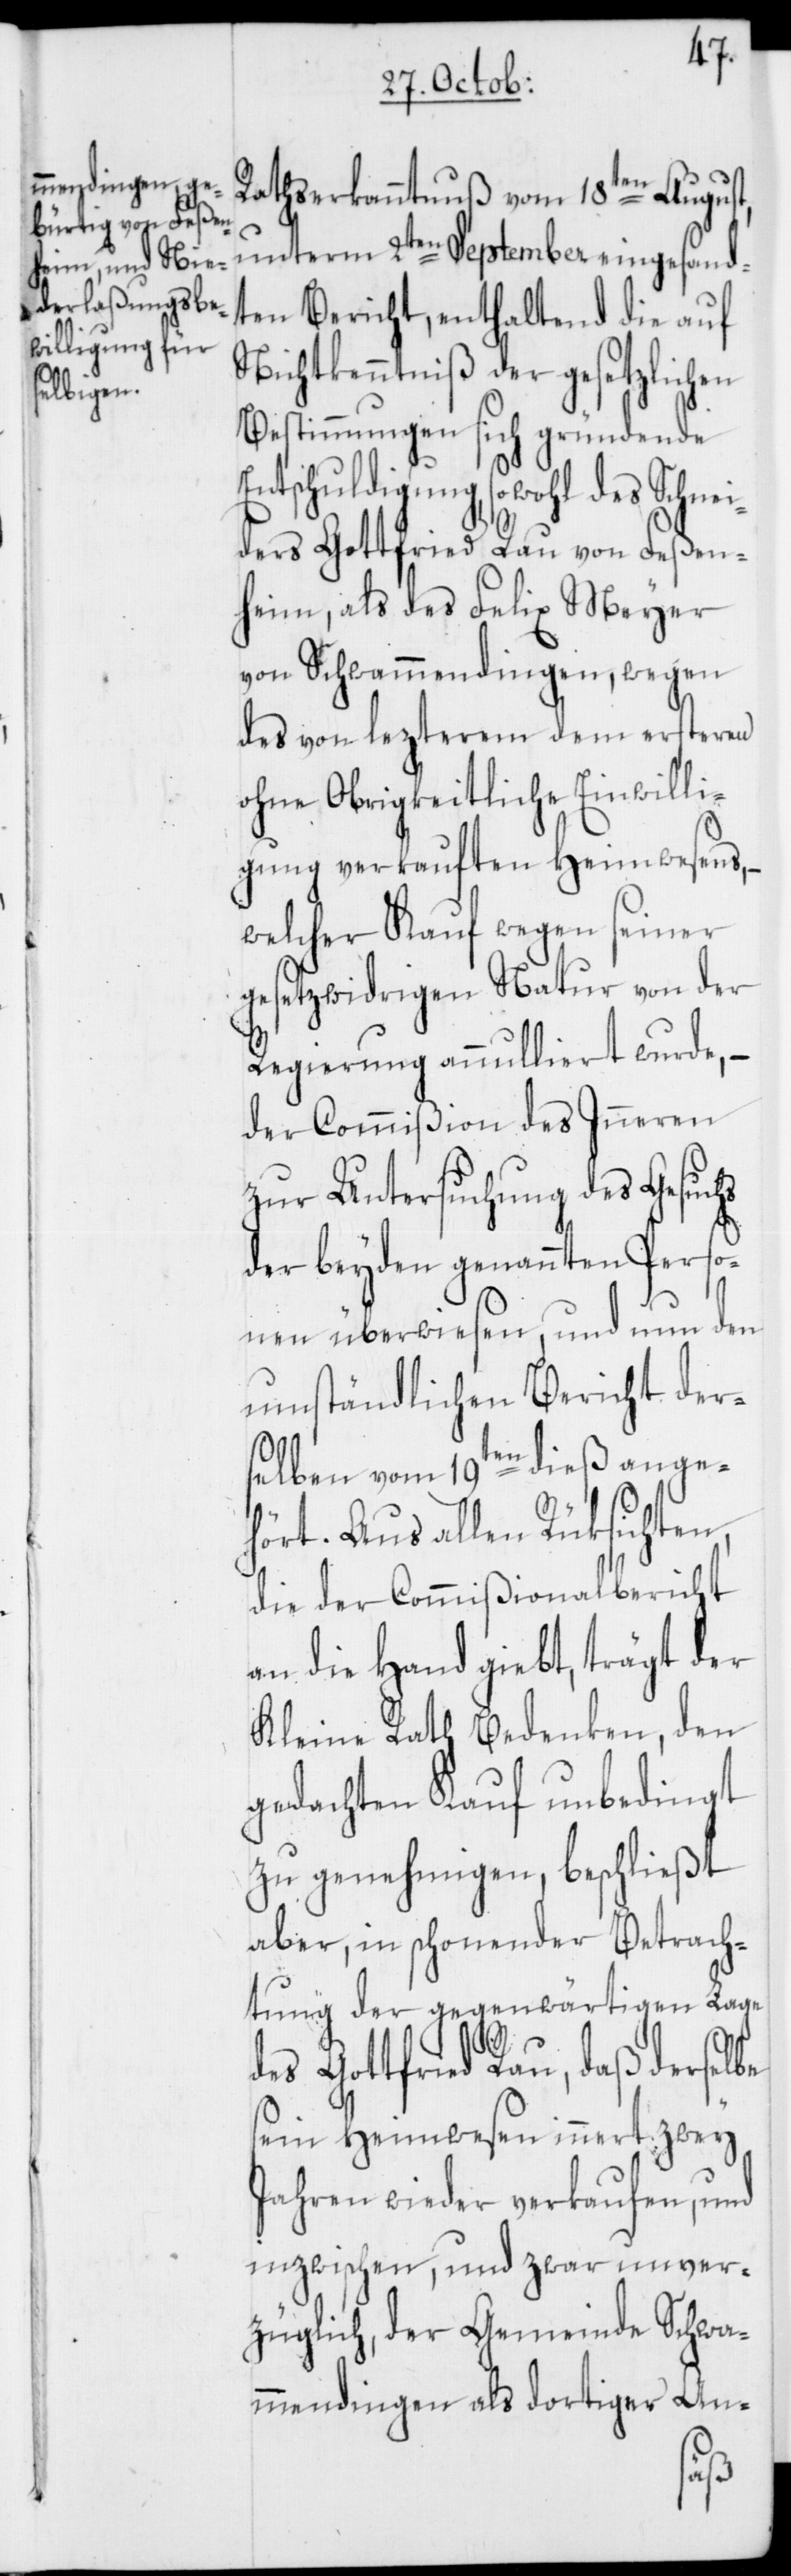
Rathserkanntnuß vom 18ten August,
unterm 2ten September eingesand¬
ten Bericht, enthaltend die auf
Nichtkenntniß der gesetzlichen
Bestimmungen sich gründende
ntschuldigung, sowohl des Schne¬
iders Gottfried Rau von Feßen¬
heim, als des Felix Meyer
von Schwammendingen, wegen
des von lezterem dem ersteren
ohne Obrigkeitliche Einwilli¬
gung verkauften Heimwesens, –
welcher Kauf wegen seiner
gesetzwidrigen Natur von der
Regierung annulliert wurde, –
der Commißion des Inneren
zur Untersuchung des Gesuchs
der beyden genannten Perso¬
nen überwiesen, und nun den
umständlichen Bericht der¬
selben vom 19ten dieß ange¬
E¬
hört. Aus allen Rüksichten,
die der Commißionalbericht
an die Hand giebt, trägt der
Kleine Rath Bedenken, den
gedachten Kauf unbedingt
zu genehmigen, beschließt
aber, in schonender Betrach¬
tung der gegenwärtigen Lage
des Gottfried Rau, daß derselbe
sein Heimwesen innert zwey
Jahren wieder verkaufen, und
inzwischen, und zwar unver¬
züglich, der Gemeinde Schwa¬
mmendingen als dortiger An-